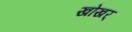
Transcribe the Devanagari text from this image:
खोखर्